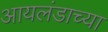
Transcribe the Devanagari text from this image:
आयलंडाच्या